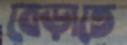
বেড়াতে